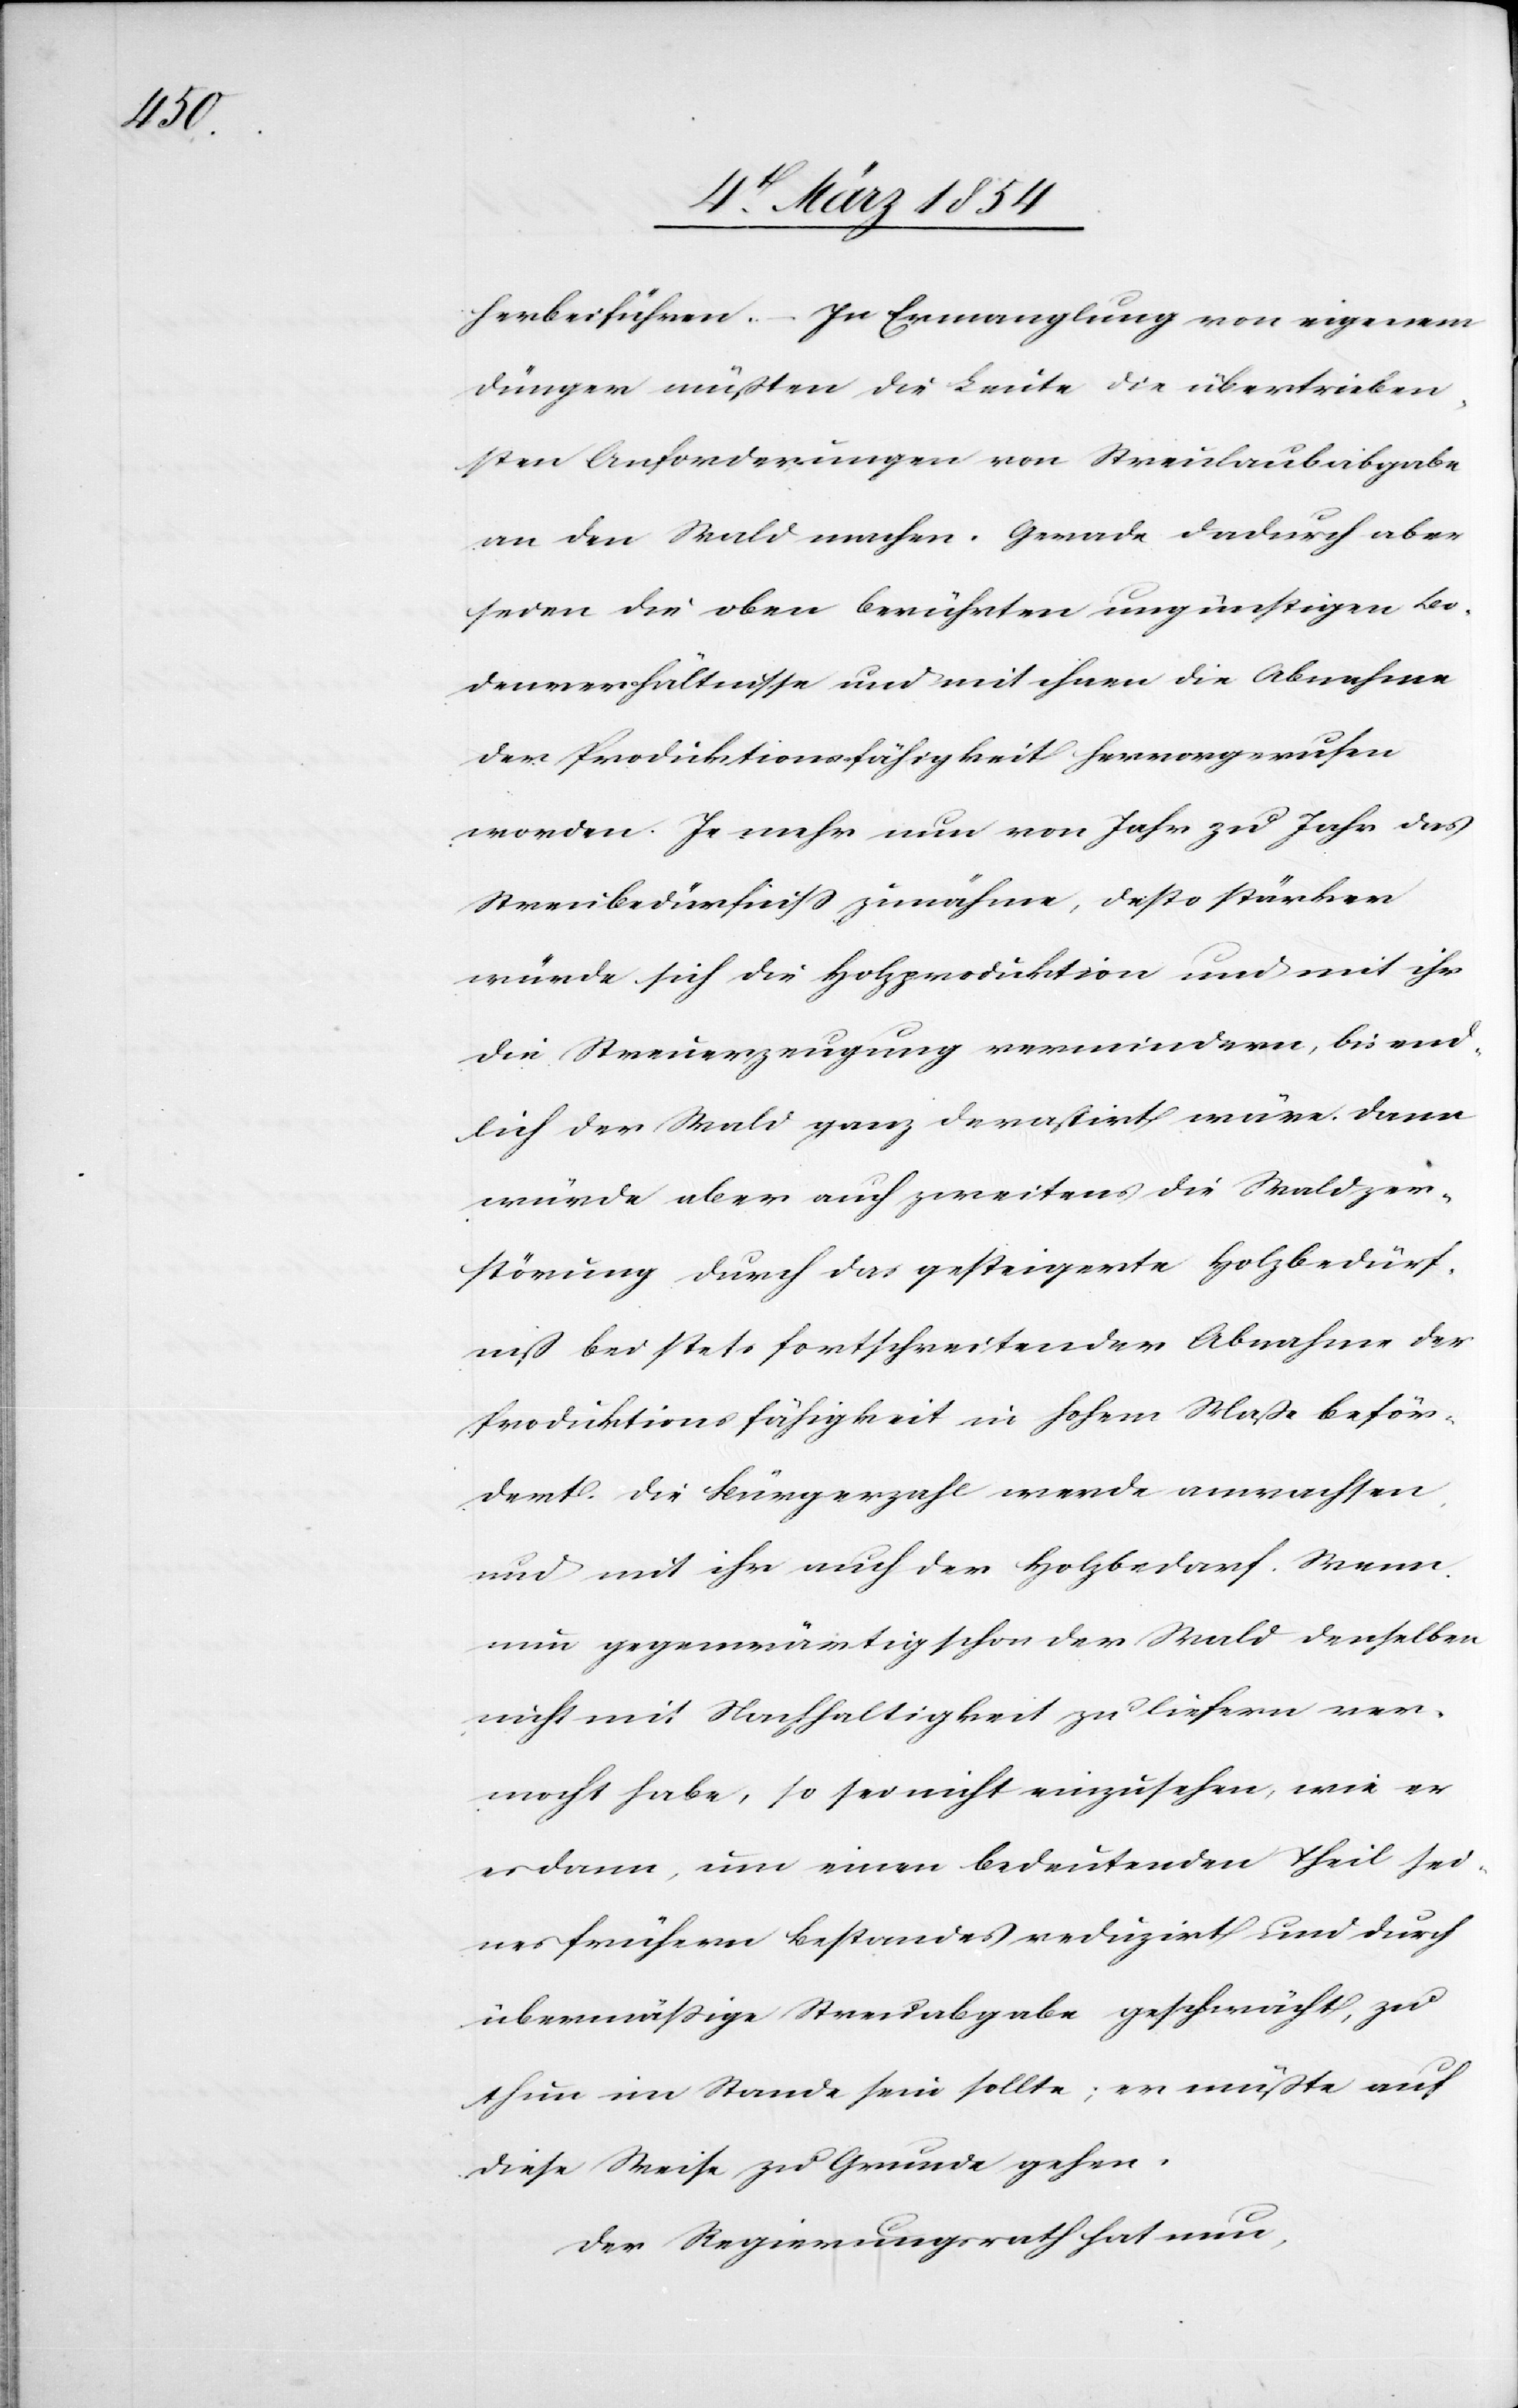
herbeiführen. – In Ermanglung von eigenem
Dünger müßten die Leute die übertrieben¬
sten Anforderungen von Streulaubabgabe
an den Wald machen. Gerade dadurch aber
seien die oben berührten ungünstigen Bo¬
denverhältnisse und mit ihnen die Abnahme
der Produktionsfähigkeit hervorgerufen
worden. Je mehr nun von Jahr zu Jahr das
Streubedürfniß zunähme, desto stärker
würde sich die Holzproduktion und mit ihr
die Streuerzeugung vermindern, bis end¬
lich der Wald ganz derastirt wäre. Dann
würde aber auch zweitens die Waldzer¬
störung durch das gesteigerte Holzbedürf¬
niß bei stets fortschreitender Abnahme der
Produktionsfähigkeit in hohem Maße beför¬
dert. Die Bürgerzahl werde anwachsen,
und mi tihr auch der Holzbedarf. Wenn
nun gegenwärtig schon der Wald denselben
nicht mit Nachhaltigkeit zu liefern ver¬
mocht habe, so sei nicht einzusehen, wie er
es dann, um einen bedeutenden Theil sei¬
nes frühern Bestandes reduzirt und durch
übermäßige Streuabgabe geschwächt, zu
thun im Stande sein sollte; er müßte auf
diese Weise zu Grunde gehen.
Der Regierungsrath hat nun,